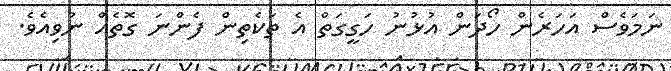
ނަމަވެސް އަހަރެން ހޯދަން އުޅުނު ހަގީގަތް އެ ތަކެތިން ފެންނަ ގޮތެއް ނުވިއެވެ.